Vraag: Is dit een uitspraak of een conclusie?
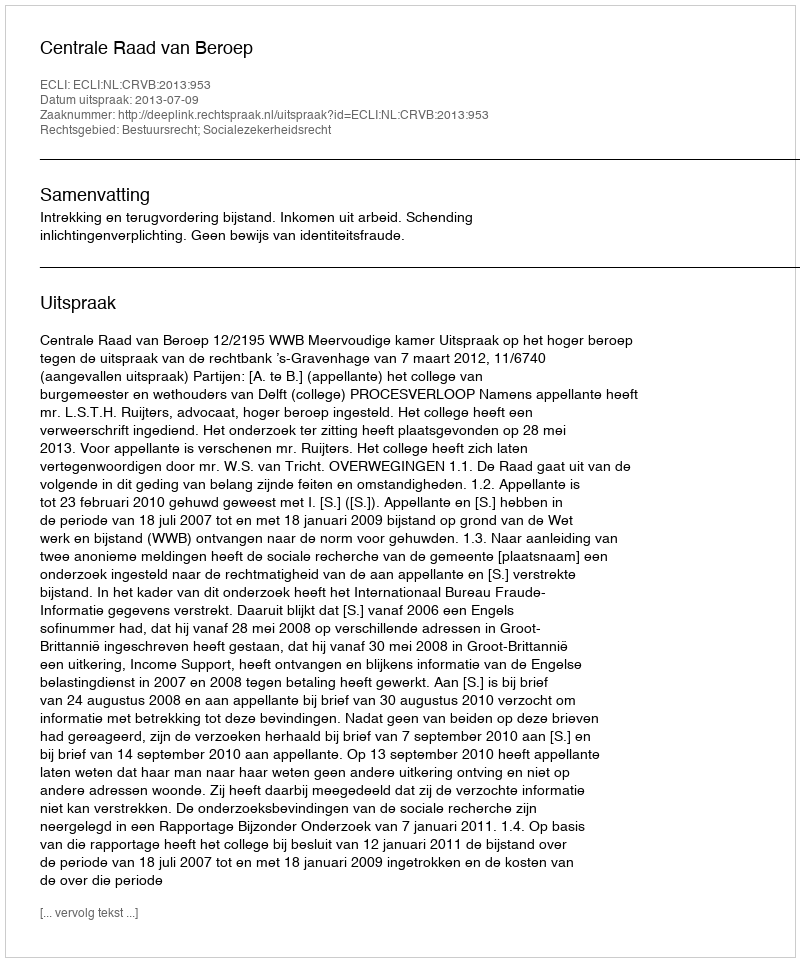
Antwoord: Uitspraak